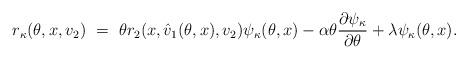
LaTeX: \begin{align*}r_{\kappa}(\theta, x, v_2) \ = \ \theta r_2(x, \hat v_1(\theta, x), v_2) \psi_{\kappa}(\theta, x) - \alpha \theta \frac{\partial \psi_{\kappa}}{\partial \theta} + \lambda \psi_{\kappa}(\theta, x).\end{align*}